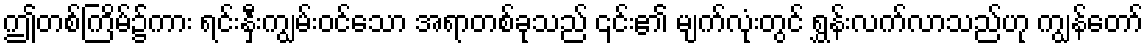
ဤတစ်ကြိမ်၌ကား ရင်းနှီးကျွမ်းဝင်သော အရာတစ်ခုသည် ၎င်း၏ မျက်လုံးတွင် ရွှန်းလက်လာသည်ဟု ကျွန်တော်